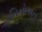
મિનોઅન